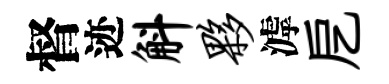
督迹斛夥滹戹